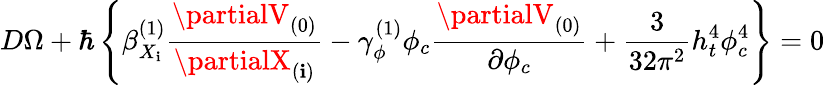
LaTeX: D\Omega+\hbar\left\{ \beta_{X_{\mathbf{i}}}^{(1)}\frac{{\partialV_{(0)}}}{{\partialX_{(\mathbf{i})}}}-\gamma_{\phi}^{(1)}\phi_{c}\frac{{\partialV_{(0)}}}{{\partial\phi_{c}}}+\frac{{3}}{{32\pi^{2}}}h_{t}^{4}\phi_{c}^{4}\right\} =0